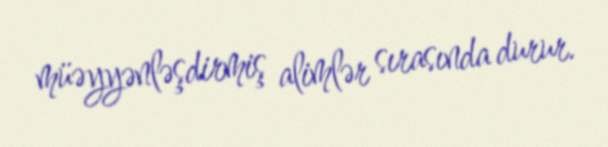
müəyyənləşdirmiş alimlər sırasında durur.